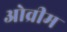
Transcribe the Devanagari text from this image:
ओव्रीम